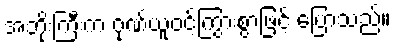
အဘိုးကြီးက ဂုဏ်ယူဝင့်ကြွားစွာဖြင့် ပြောသည်။